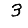
Digit: 3